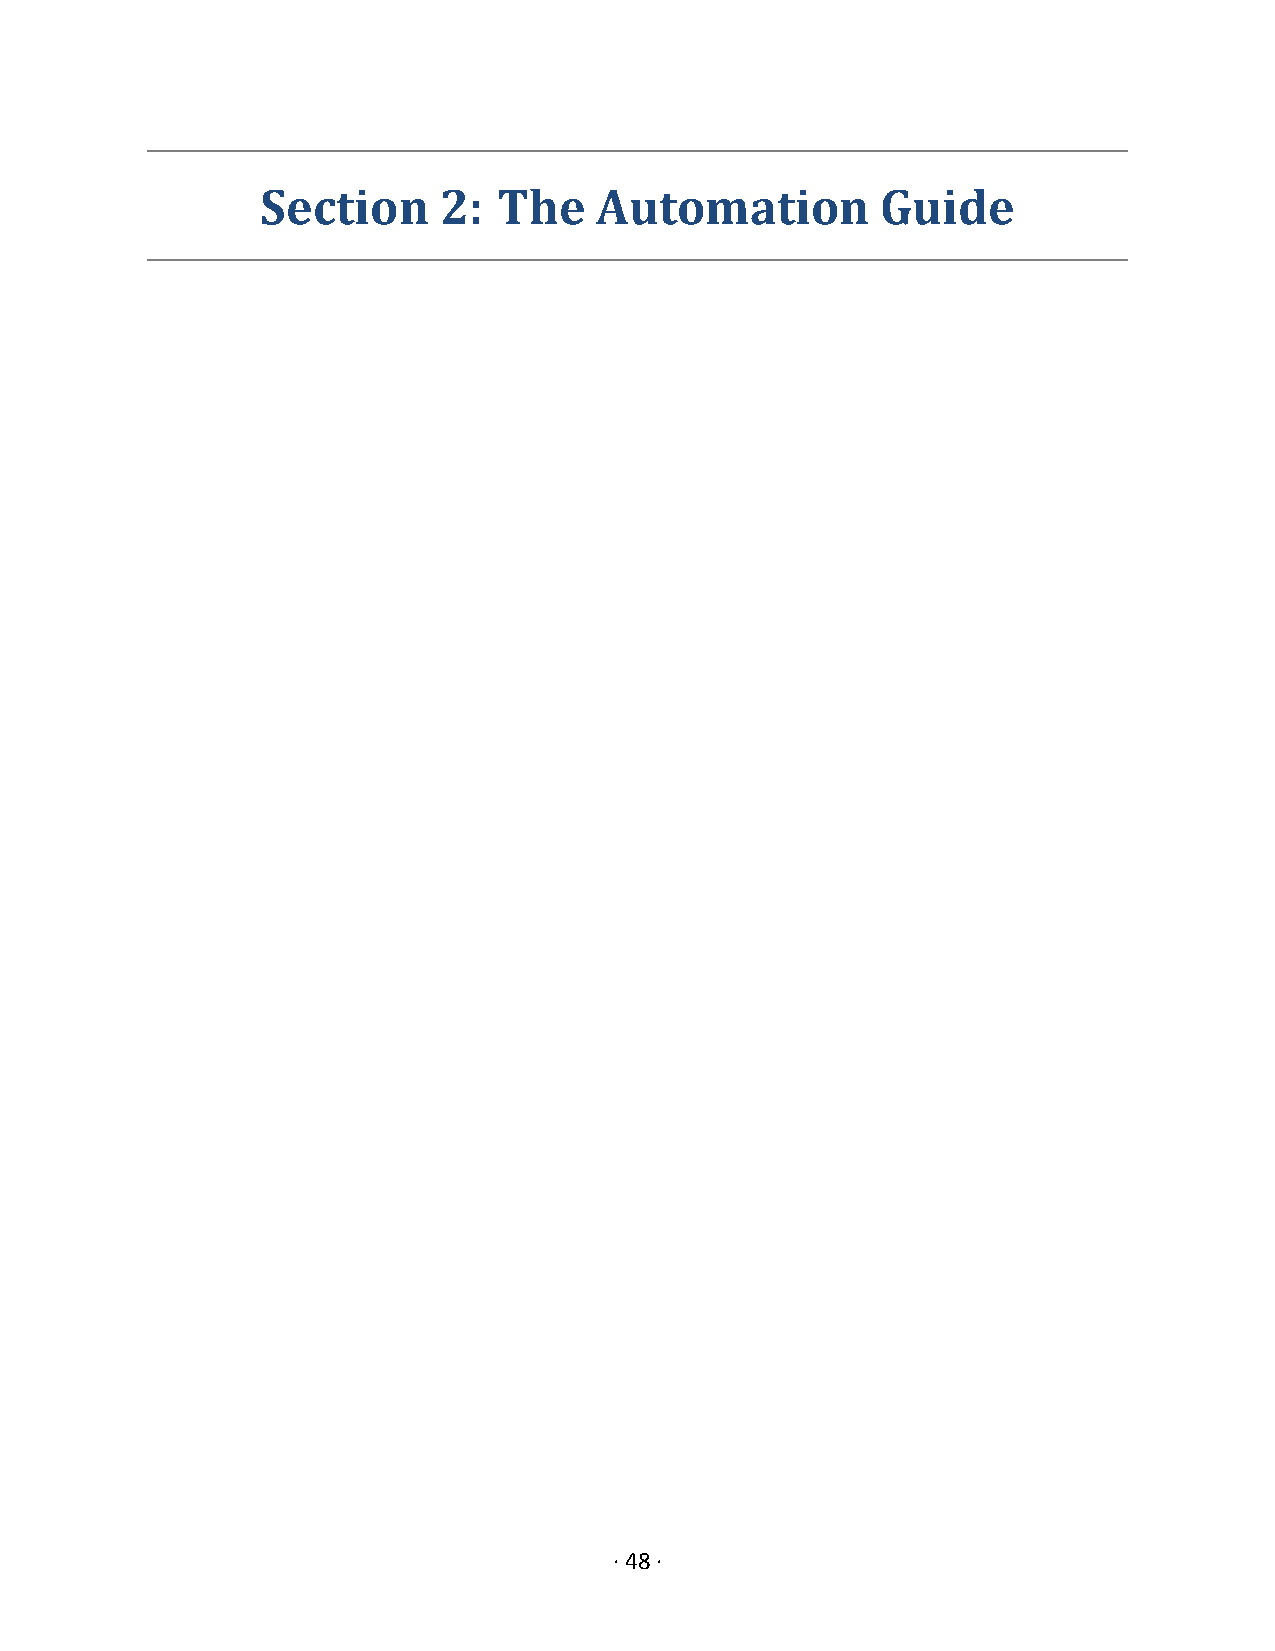
Section     2:  The   Automation         Guide
 · 48 ·